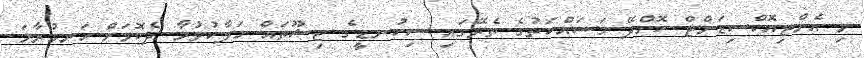
މި އެންޓިއޮކްސިޑަންޓް ކޮށްދޭ މަސައްކަތުގެ ތެރޭގައި ސިކުނޑީގެ ޓިޝޫތައް ހަލާކުވުމާ ދެކޮޅަށް ހަނގުރާމަ